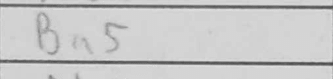
Transcription: Ba5